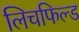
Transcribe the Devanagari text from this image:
लिचफिल्ड